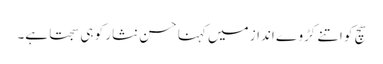
سچ کو اتنے کڑوے انداز میں کہنا حسن نثار کو ہی سجتا ہے۔